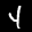
Label: 4